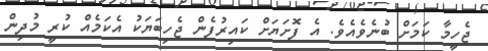
ޖެހީމާ ކަމަށް ބުނެވެއެވެ. އެ ފޮށަޔަށް ކައިރުފެން ޖެހިބަޔަކު އެކަމެއް ކުރީ މުދިން